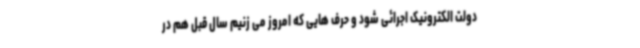
دولت الکترونیک اجرائی شود و حرف هایی که امروز می زنیم سال قبل هم در